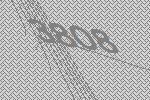
3808